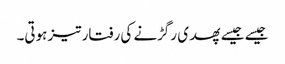
جیسے جیسے پھدی رگڑنے کی رفتار تیز ہوتی۔